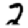
Digit: 2